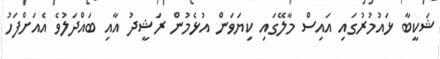
ޝަކީބާ ޅައުމުރުގައި އައިސް މާލޭގައި ކިޔަވަން އުޅެމުން ރަޝީދު އާއި ބައްދަލުވެ އެއަށްފަހު